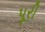
પૂરી